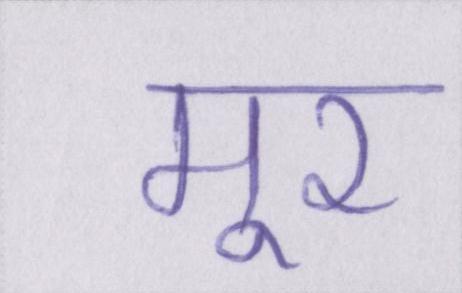
मूर